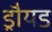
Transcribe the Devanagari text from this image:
ड्रौयड